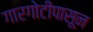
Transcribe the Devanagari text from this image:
गारगोटीपासून